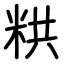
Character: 粠